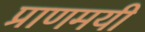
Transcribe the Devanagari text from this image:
प्राणमयी